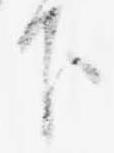
下